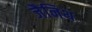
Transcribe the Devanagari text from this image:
जैनिथ